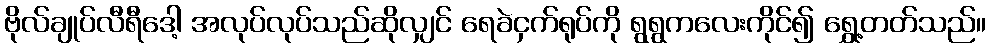
ဗိုလ်ချုပ်လီရီဒေါ့ အလုပ်လုပ်သည်ဆိုလျှင် ရေခဲငှက်ရုပ်ကို ရွရွကလေးကိုင်၍ ရွှေ့တတ်သည်။